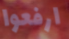
ارفعوا